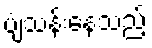
ပျံသန်းနေသည့်